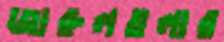
জারুলতলার